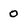
Character: O